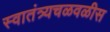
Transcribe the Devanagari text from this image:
स्वातंत्र्यचळवळीस